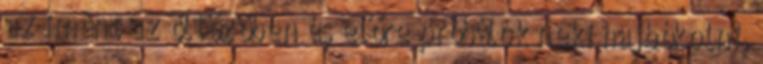
az imént az öltözőben és előre próbálok neki hajbókolni,